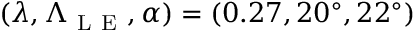
( \lambda , \Lambda _ { \mathrm { ~ L ~ E ~ } } , \alpha ) = ( 0 . 2 7 , 2 0 ^ { \circ } , 2 2 ^ { \circ } )